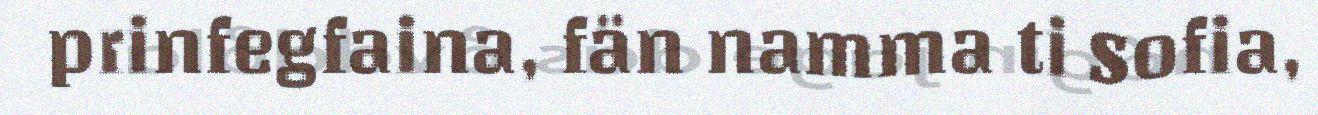
prinfegfaina, fän namma ti Sofia,